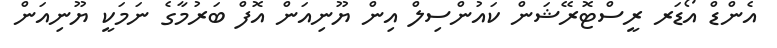
އެންޑް އޯޑަރ ރީސްޓޮރޭޝަން ކައުންސިލް އިން ޔޫނިއަން އޮފް ބަރުމާގެ ނަމަކީ ޔޫނިއަން